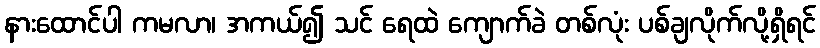
နားထောင်ပါ ကမလာ၊ အကယ်၍ သင် ရေထဲ ကျောက်ခဲ တစ်လုံး ပစ်ချလိုက်လို့ရှိရင်